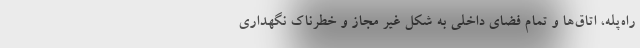
راه‌پله، اتاق‌ها و تمام فضای داخلی به شکل غیر مجاز و خطرناک نگهداری